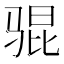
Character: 𫘥